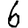
Digit: 6